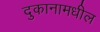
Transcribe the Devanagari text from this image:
दुकानामधील